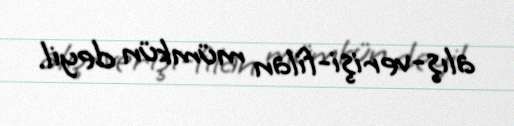
alış-verişi-filan mümkün deyil.